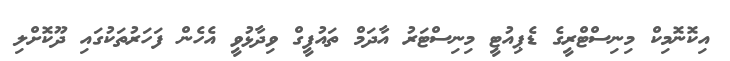
އިކޮނޮމިކް މިނިސްޓްރީގެ ޑެޕިއުޓީ މިނިސްޓަރު އާދަމް ތައުފީގް ވިދާޅުވީ އެހެން ފަހަރުތަކުގައި ދޫކޮށްލި